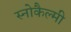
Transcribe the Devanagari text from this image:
स्नोकैल्मी